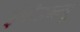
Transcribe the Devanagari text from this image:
ईपीडब्ल्यू